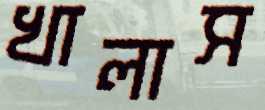
খালাস